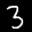
Label: 3